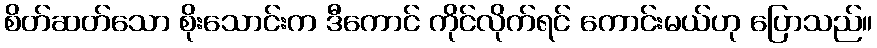
စိတ်ဆတ်သော စိုးသောင်းက ဒီကောင် ကိုင်လိုက်ရင် ကောင်းမယ်ဟု ပြောသည်။